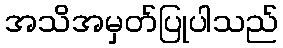
အသိအမှတ်ပြုပါသည်